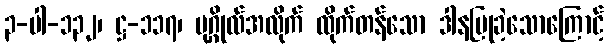
၃-ပါ-၁၃၂၊ ဋ္ဌ-၁၁၇၊ ပုဂ္ဂိုလ်အလိုက် ထိုက်တန်သော ဒါနပြုခဲ့သောကြောင့်